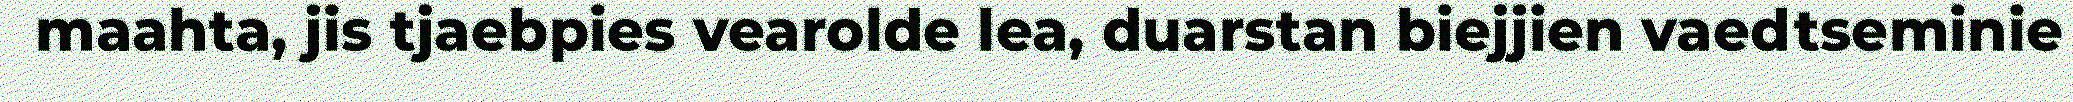
maahta, jis tjaebpies vearolde lea, duarstan biejjien vaedtseminie